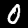
Label: 0